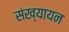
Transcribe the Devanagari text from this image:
संख्यायन